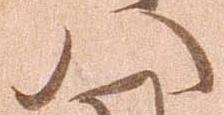
八